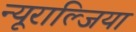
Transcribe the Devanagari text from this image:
न्यूराल्जिया